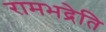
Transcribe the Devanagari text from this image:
रामभद्रेति